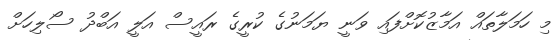
މި ހަމަލާތައް އަމާޒުކޮށްފައި ވަނީ ޔަމަނުގެ ކުރީގެ ރައީސް އަލީ އަބްދު ސޯލިހަށް